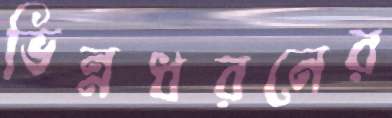
ভিন্নধরনের